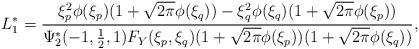
LaTeX: \begin{align*} L_{1}^{\ast}=\frac{\xi_{p}^{2}\phi(\xi_{p})(1+\sqrt{2\pi}\phi(\xi_{q}))-\xi_{q}^{2}\phi(\xi_{q})(1+\sqrt{2\pi}\phi(\xi_{p}))}{\Psi_{2}^{\ast}(-1,\frac{1}{2},1)F_{Y}(\xi_{p},\xi_{q})(1+\sqrt{2\pi}\phi(\xi_{p}))(1+\sqrt{2\pi}\phi(\xi_{q}))},\end{align*}